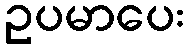
ဥပမာပေး